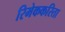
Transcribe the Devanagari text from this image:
रिमेककरिता